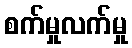
စက်မှုလက်မှု